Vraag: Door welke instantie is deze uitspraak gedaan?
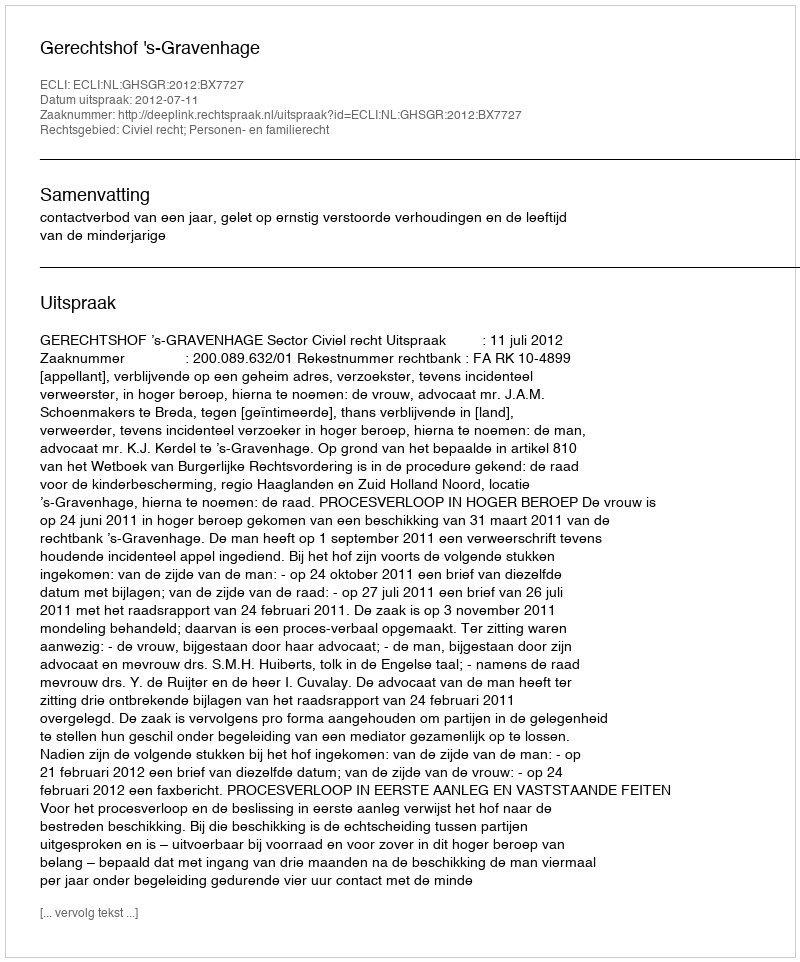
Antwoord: Gerechtshof 's-Gravenhage